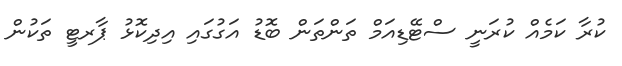
ކުރާ ކަމެއް ކުރަނީ ސްޓޭޑިއަމް ތަންތަން ބޮޑު އަގުގައި އިދިކޮޅު ޕާރޓީ ތަކުން